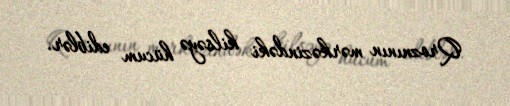
Qroznının mərkəzindəki kilsəyə hücum ediblər.